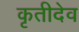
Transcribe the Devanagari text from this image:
कृतीदेव